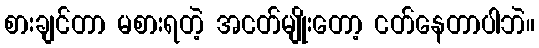
စားချင်တာ မစားရတဲ့ အငတ်မျိုးတော့ ငတ်နေတာပါဘဲ။